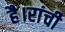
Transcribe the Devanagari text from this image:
है।रांची